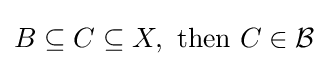
B\subseteq C\subseteq X,{\text{ then }}C\in {\mathcal {B}}